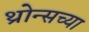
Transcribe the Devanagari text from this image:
थ्रोन्सच्या